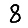
Digit: 8